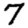
Digit: 7